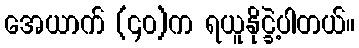
အေယာက် (၄၀)က ရယူနိုင္ခဲ့ပါတယ်။